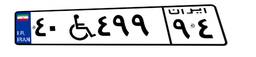
۴۰W۴۹۹۹۴